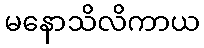
မနောသိလိကာယ